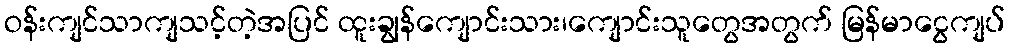
ဝန်းကျင်သာကျသင့်တဲ့အပြင် ထူးချွန်ကျောင်းသား၊ကျောင်းသူတွေအတွက် မြန်မာငွေကျပ်